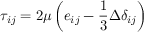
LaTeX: \tau _ { i j } = 2 \mu \left( e _ { i j } - { \frac { 1 } { 3 } } \Delta \delta _ { i j } \right)